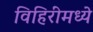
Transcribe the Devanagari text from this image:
विहिरींमध्ये